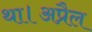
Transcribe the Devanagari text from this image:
था।अप्रैल